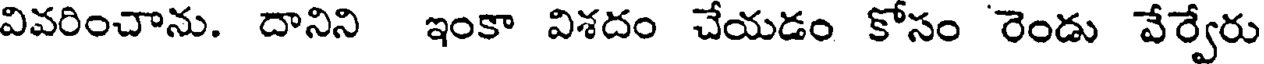
వివరించాను. దానిని ఇంకా విశదం చేయడం కోసం రెండు వేర్వేరు